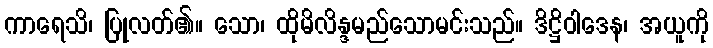
ကာရေသိ၊ ပြုလတ်၏။ သော၊ ထိုမိလိန္ဒမည်သောမင်းသည်။ ဒိဋ္ဌိဝါဒေန၊ အယူကို